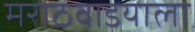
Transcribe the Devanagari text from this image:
मराठवाडयाला